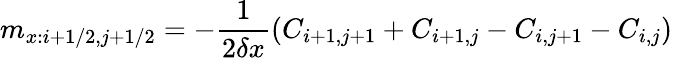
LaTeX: m_{x:i+1/2,j+1/2}=-\frac{1}{2\delta x}(C_{i+1,j+1}+C_{i+1,j}-C_{i,j+1}-C_{i,j})